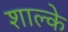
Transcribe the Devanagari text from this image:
शाल्के